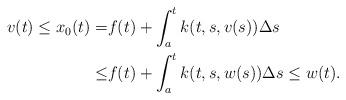
LaTeX: \begin{align*} v(t)\leq x_0(t)=& f(t)+\int_a^tk(t,s,v(s))\Delta s \\ \leq & f(t)+\int_a^tk(t,s,w(s))\Delta s\leq w(t). \end{align*}